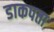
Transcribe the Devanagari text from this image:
डाकपता